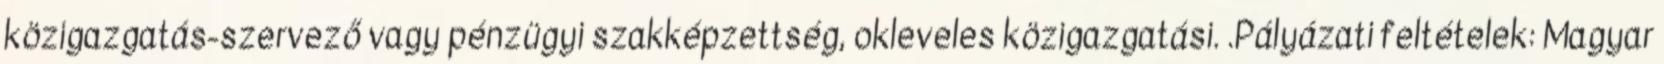
közigazgatás-szervező vagy pénzügyi szakképzettség, okleveles közigazgatási. .Pályázati feltételek: Magyar